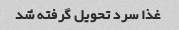
غذا سرد تحویل گرفته شد